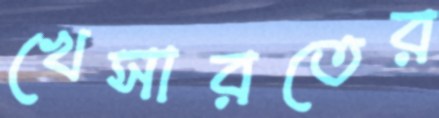
খেসারতের